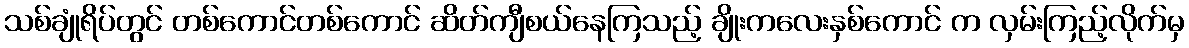
သစ်ချုံရိပ်တွင် တစ်ကောင်တစ်ကောင် ဆိတ်ကျီစယ်နေကြသည့် ချိုးကလေးနှစ်ကောင် က လှမ်းကြည့်လိုက်မှ